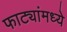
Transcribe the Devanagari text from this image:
फाट्यांमध्ये